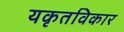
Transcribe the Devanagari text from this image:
यकृतविकार